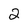
Character: 2